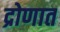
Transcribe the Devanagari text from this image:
द्रोणात